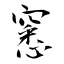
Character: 窸